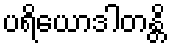
ပရိယောဒါတန္တိ